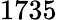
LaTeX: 1735